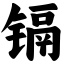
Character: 镉